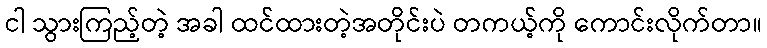
ငါ သွားကြည့်တဲ့ အခါ ထင်ထားတဲ့အတိုင်းပဲ တကယ့်ကို ကောင်းလိုက်တာ။